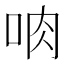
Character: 𪠼